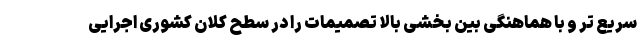
سریع تر و با هماهنگی بین بخشی بالا تصمیمات را در سطح کلان کشوری اجرایی